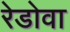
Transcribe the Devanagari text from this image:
रेडोवा